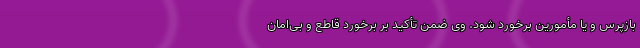
بازپرس و یا مأمورین برخورد شود. وی ضمن تأکید بر برخورد قاطع و بی‌امان